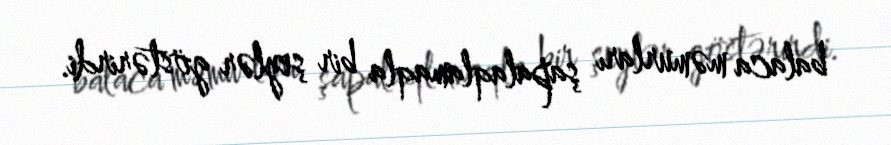
balaca məmurları şapalaqlamaqla bir şeylər göstərirdi.